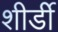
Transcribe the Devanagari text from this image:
शीर्डी